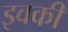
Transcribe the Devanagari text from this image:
इवकी